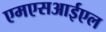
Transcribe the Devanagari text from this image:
एमएसआईएल